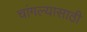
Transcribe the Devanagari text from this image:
चांगल्यासाठी